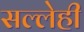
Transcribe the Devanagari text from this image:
सल्लेही